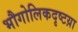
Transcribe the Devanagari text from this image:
भौगोलिकदृष्टय़ा